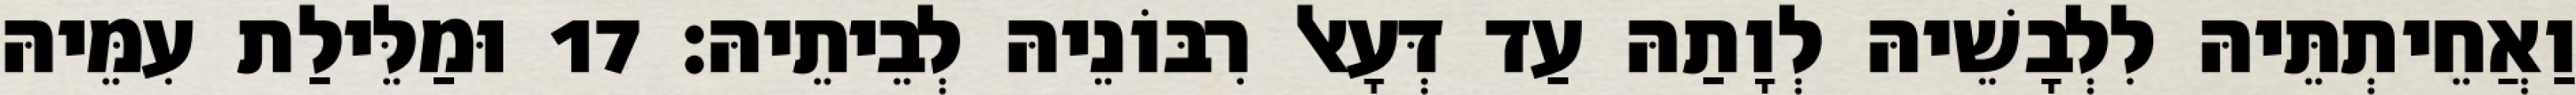
וַאֲחֵיתְתֵּיהּ לִלְבָשֵׁיהּ לְוָתַהּ עַד דְּעָאל רִבּוֹנֵיהּ לְבֵיתֵיהּ׃ 17 וּמַלֵּילַת עִמֵּיהּ